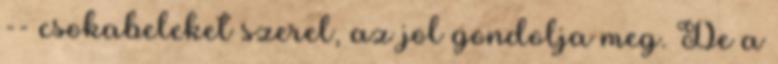
-- csokabeleket szerel, az jol gondolja meg. De a